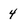
Character: 4